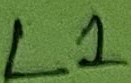
Text: L1